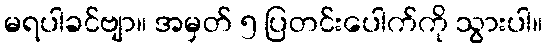
မရပါခင်ဗျာ။ အမှတ် ၅ ပြတင်းပေါက်ကို သွားပါ။